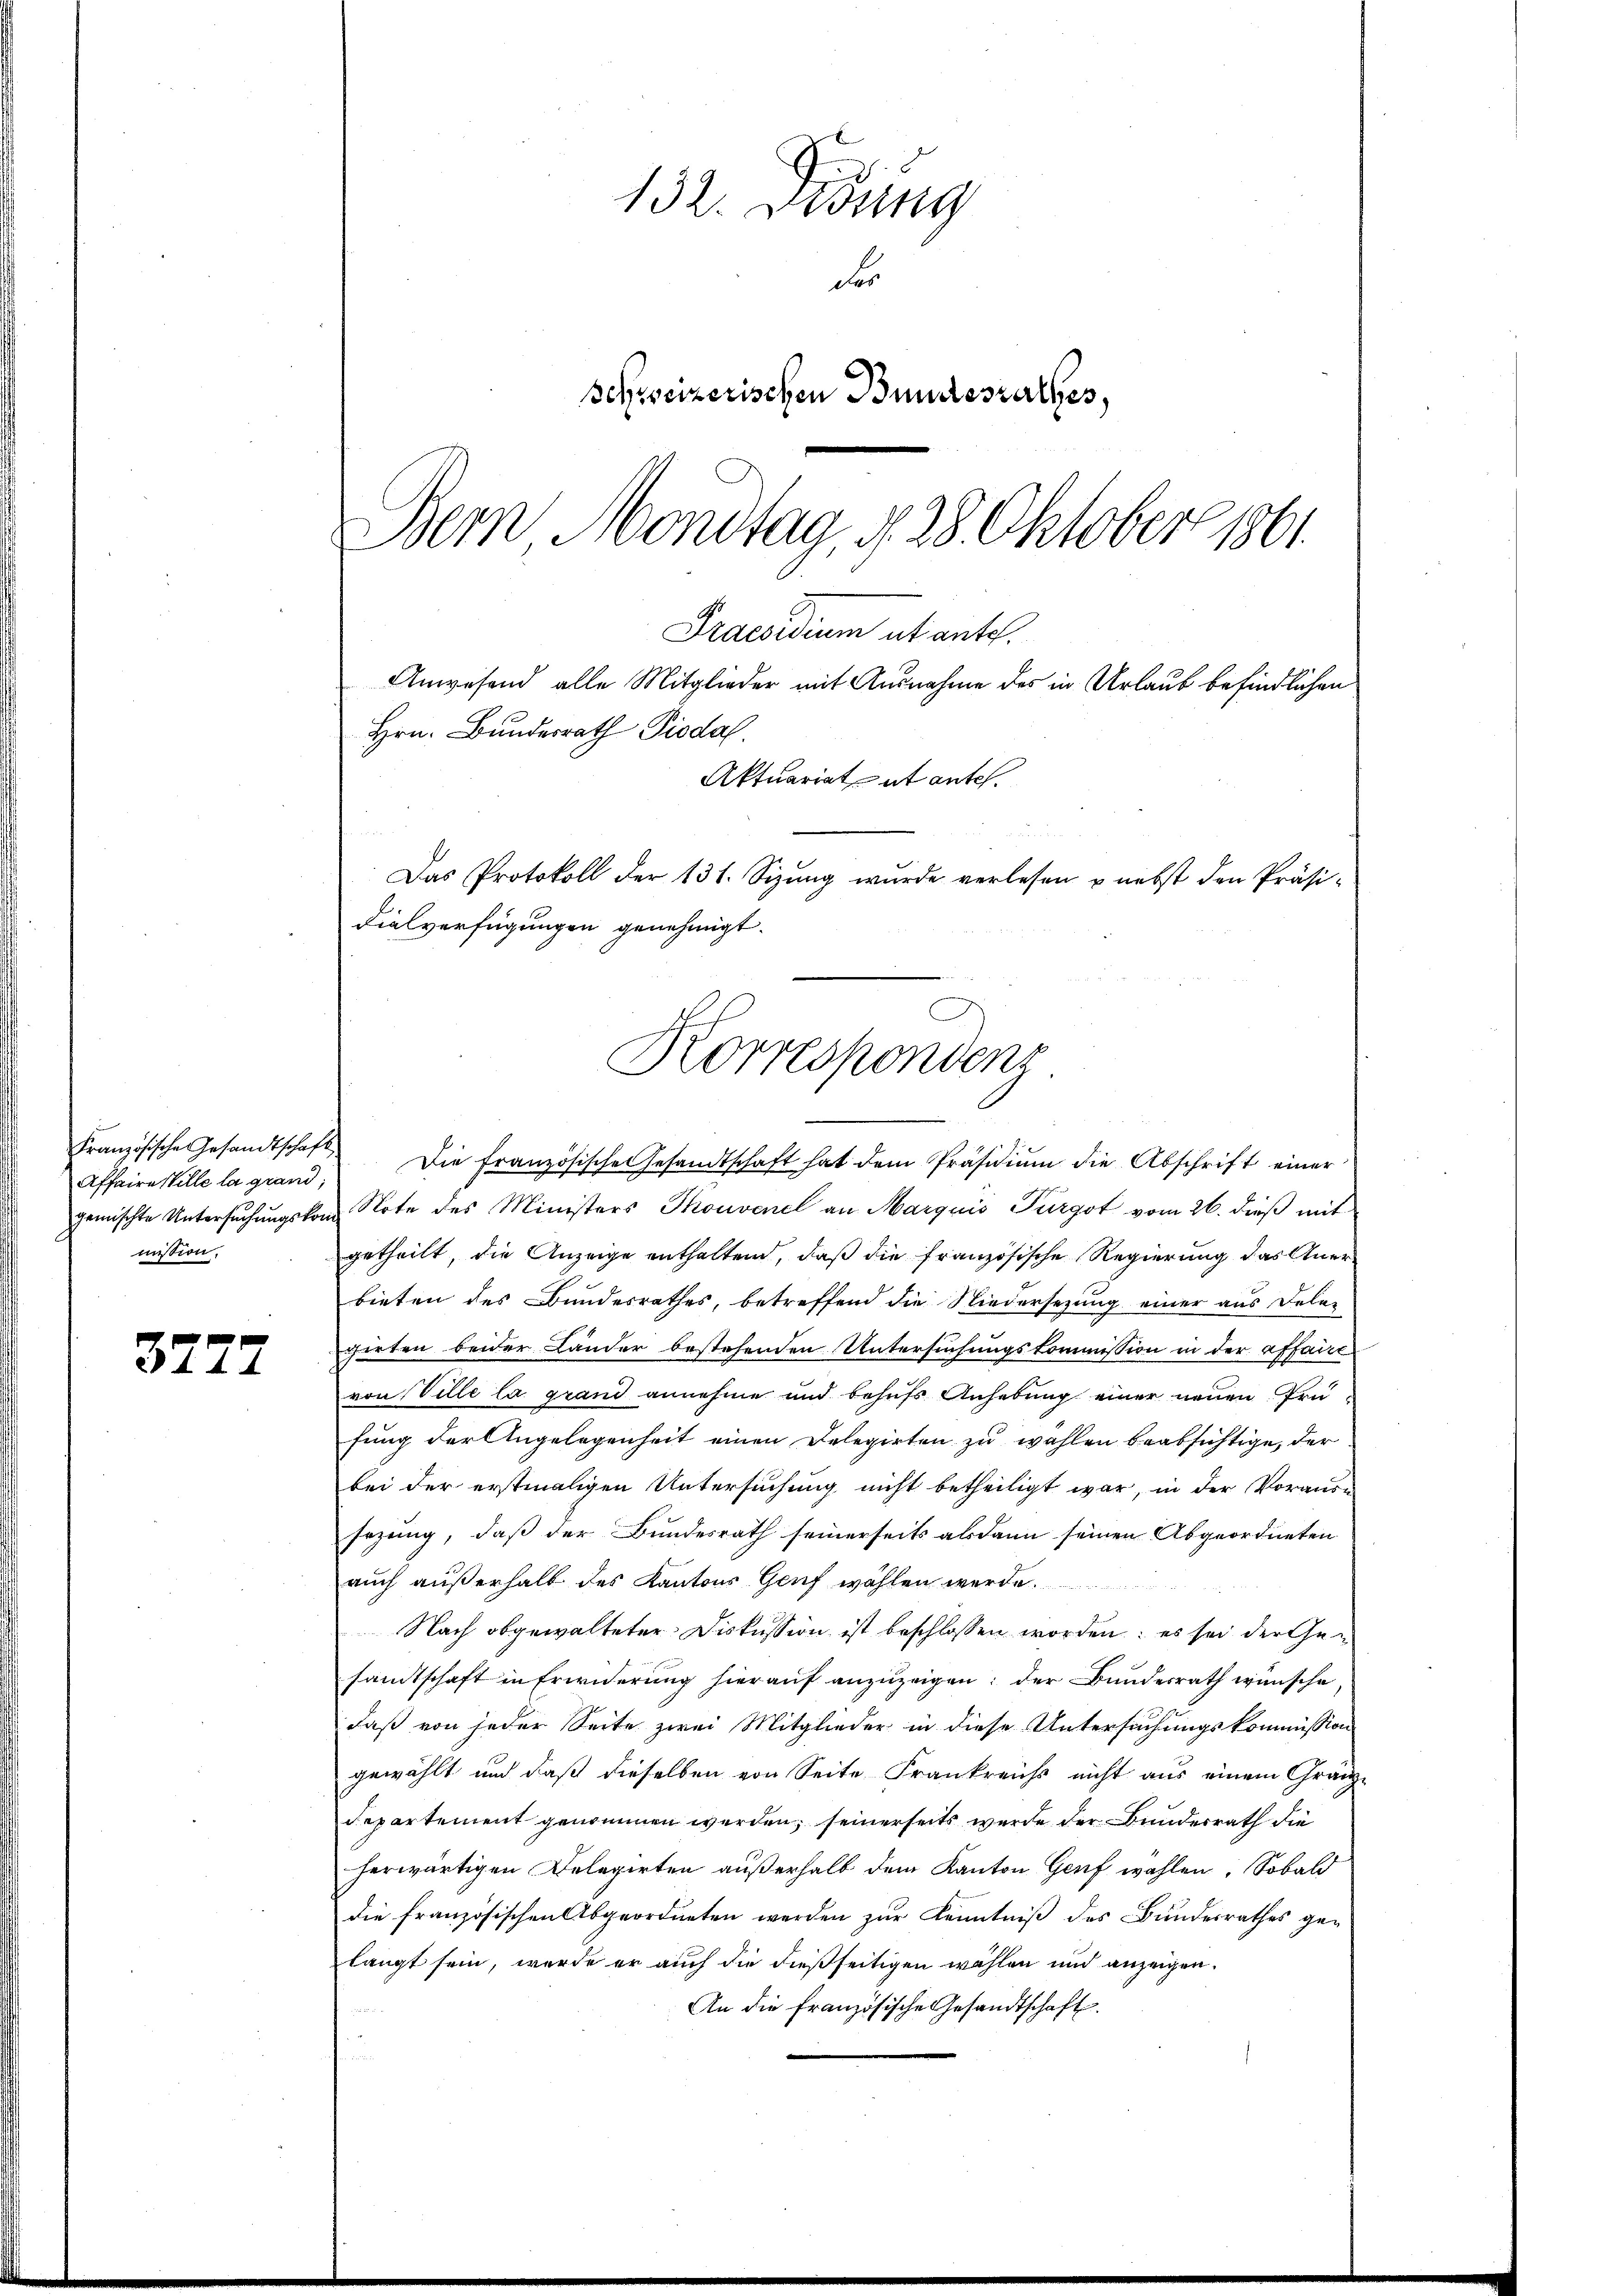
Affaire Wille la grand;
mission.

3777

132. Didung
Für
Schweizerischen Bundesrathes,
Bern Montag, d. 28. Oktober 1801.

Anwesend alle Mitglieder mit Ausnahme des in Urlaub befindlichen
Hrn. Bundesrath Pioda.
Aktuariat et antes.
Das Protokoll der 131. Sizung wurde verlesen & nebst den Präsidialverfügungen genehmigt.

u
Französische Gesandtschaft die französische Gesandtschaft hat dem Präsidiŭm die Abschrift einer
gemischte Untersuchungskom Note des Ministers Thonvenel an Marquis Turgot vom 26. dieß mit
getheilt, die Anzeige enthaltend, daß die französische Regierung das Anerbieten des Bundesrathes, betreffend die Niedersezung einer aus Feler
zirten beider Länder bestehenden Untersuchungskommission in der affairt
von Ville la grand annehme und behufs Anhebung einer neuen Früfung der Angelegenheit einen Delegirten zu wählen beabsichtige, der
bei der erstmaligen Untersuchung nicht betheiligt war, in der Voraus-
sezung, daß der Bundesrath seinerseits alsdann seinen Abgeordneten
auch außerhalb des Kantons Genf wählen werde.
Nach obgewalteter Diskussion ist beschlossen worden: es sei der Gesamtschaft in Erwiderung hierauf anzuzeigen; der Bundesrath wünsche,
daß von jeder Seite zwei Mitglieder in diese Untersuchungskommission
gewählt und daß dieselben von Seite Frankreichs nicht aus einem Granz-
Repartement genommen werden, seinerseits wurde der Bundesrath die
herwärtigen Delegirten außerhalb dem Kanton Genf wahlen. Sobald
die französischen Abgeordneten werden zur Kenntniß des Bundesrathes gelangt sein, wurde er auch die dießseitigen wählen und anzeigen.
An die französische Gesandtschaft.
t

Praesidium et ante.

Korrespondenz